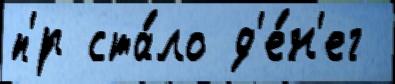
п'́р ста́ло д'е́н'ег